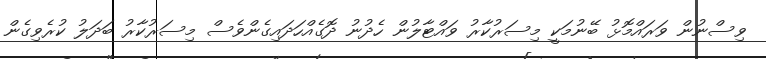
ވިސްނުން ވަރައްމޮޅު ބޭނުމަކީ މިސަރުކާރު ވައްޓާލުން ހެދުނު ދޮގެއްހަދައިގެންވެސް މިސަރުކާރު ބަދަލު ކުރެވިގެން